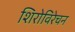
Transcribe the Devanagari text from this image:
शिरोविरेचन